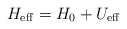
\begin{align*}H_{\rm eff}=H_0+U_{\rm eff}\end{align*}